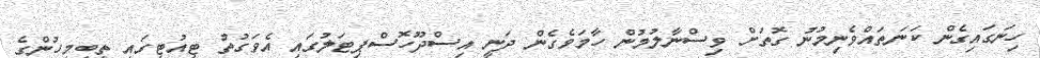
ހިނަގައިގެން ކަނަތައްވެނިމުނު ގޮތަށް ވިސްނާލުމުން ހާމަވެގެން ދަނީ އިސްދޫހޮސްޕިޓަލުގައި އެވަގުތު ޓިއުޓިގައި ތިބިމީހުންގެ